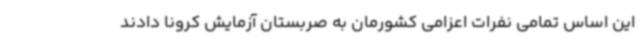
این اساس تمامی نفرات اعزامی کشورمان به صربستان آزمایش کرونا دادند